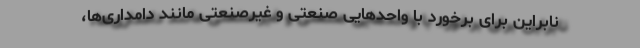
نابراین برای برخورد با واحدهایی صنعتی و غیرصنعتی مانند دامداری‌ها،